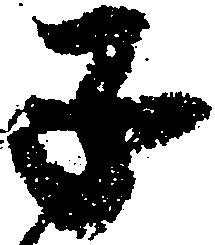
子